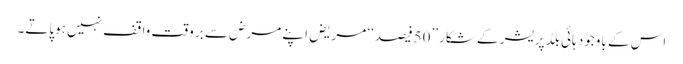
اس کے باوجود ہائی بلڈ پریشر کے شکار ’’50فیصد‘‘ مریض اپنے مرض سے بر وقت واقف نہیں ہوپاتے۔